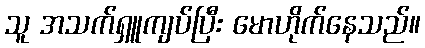
သူ အသက်ရှူကျပ်ပြီး မောဟိုက်နေသည်။